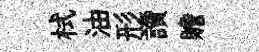
栻油形讀贍